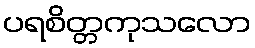
ပရစိတ္တကုသလော